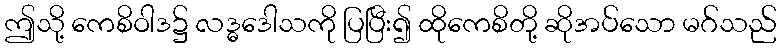
ဤသို့ ကေစိဝါဒ၌ လဒ္ဓဒေါသကို ပြပြီး၍ ထိုကေစိတို့ ဆိုအပ်သော မဂ်သည်